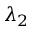
\lambda _ { 2 }